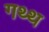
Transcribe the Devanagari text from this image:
गथ्थ